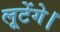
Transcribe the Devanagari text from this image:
लूटेंगे।